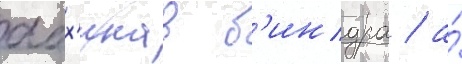
абх'инав б'индра / а́